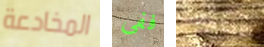
المخادعة ففى الاحتمالات